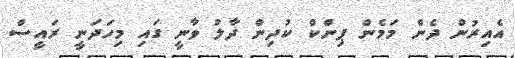
އެއިރުން ދެން މަމެން ޕިންކް ކުދިން ދާލު ވާނީ ގައި މިހަަދަނީ ރައީސް